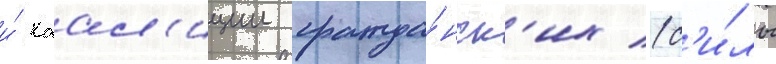
и́ коал'иции гражда́нск'их (с'и́лы